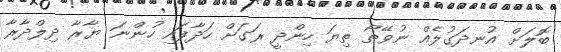
ބޮލަށް އުނދަގުލެއް ނުވޭތޯ ތިޔަ ހިންދީ ރަގަށް ހަދާފައި ހުންނަ ޔާރާ ދިލްދާރާ